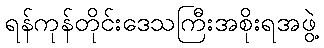
ရန်ကုန်တိုင်းဒေသကြီးအစိုးရအဖွဲ့